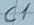
Text: C1